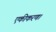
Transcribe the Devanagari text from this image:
एकीकरण।